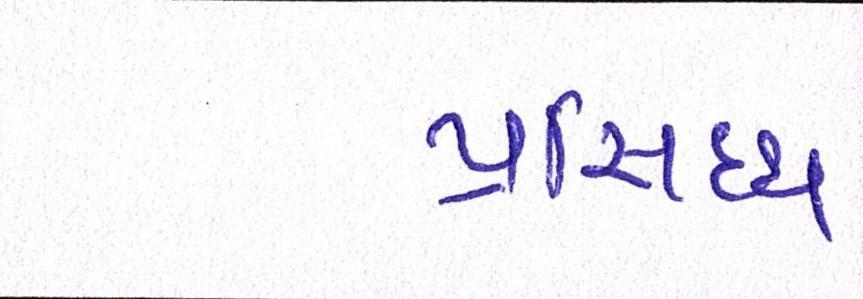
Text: પ્રસિધ્ધ